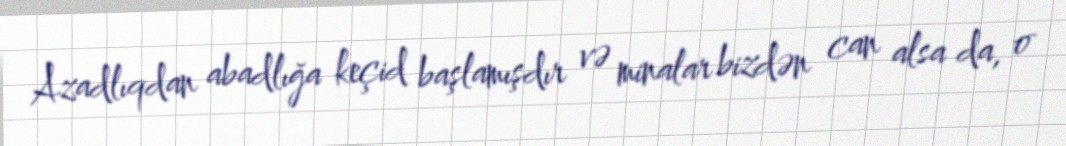
Azadlıqdan abadlığa keçid başlamışdır və minalar bizdən can alsa da, o